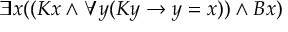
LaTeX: \exists x ( ( K x \land \forall y ( K y \rightarrow y = x ) ) \land B x )